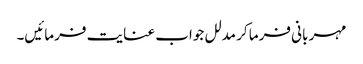
مہر بانی فرما کر مدلل جواب عنایت فرمائیں۔